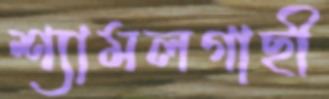
শ্যামলগাছী